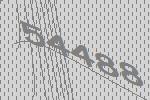
54488